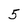
Character: 5